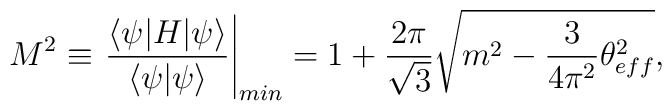
M^2\equiv\left.\frac{ \langle \psi |H|\psi \rangle}{\langle\psi |\psi \rangle}\right|_{min}= 1 +\frac{2\pi}{\sqrt{3}}\sqrt{ m^2 - \frac{3}{4\pi^2}\theta_{eff}^2},